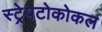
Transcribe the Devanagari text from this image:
स्ट्रेपटोकोकल